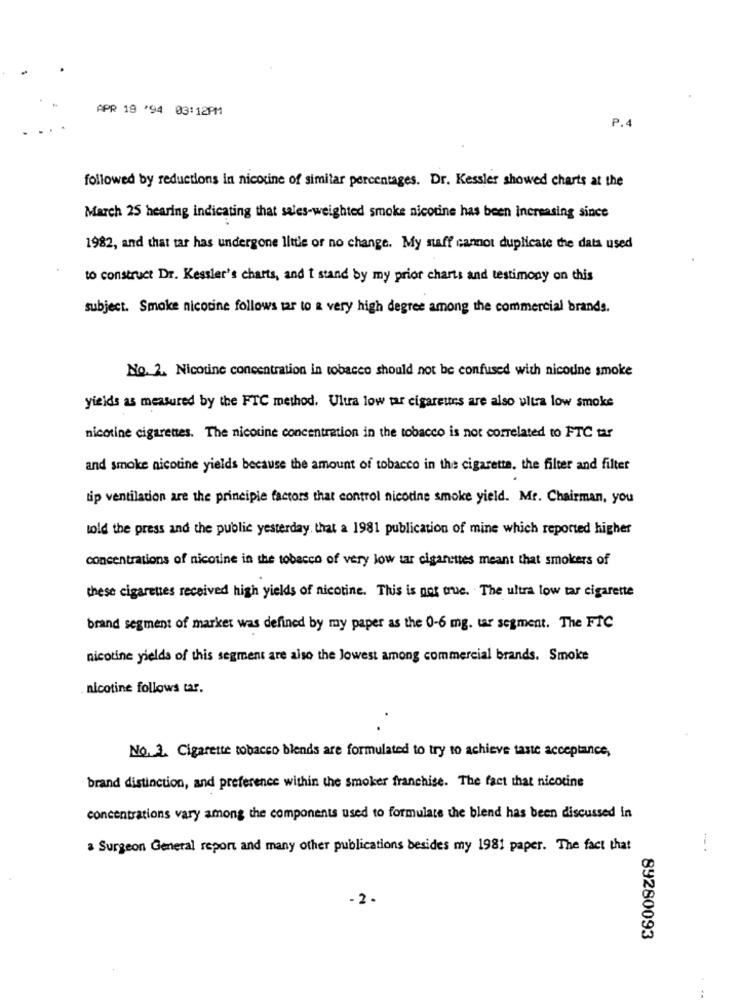
APR 19 '94 03: 12PM
P.4
followed by reductions in nicotine of similar percentages. Dr. Kessler showed charts at the
March 25 hearing indicating that sales-weighted smoke nicotine has been increasing since
1982, and that tar has undergone little or no change. My staff cannot duplicate the data used
to construct Dr. Kessler's charts, and I stand by my prior charts and testimony on this
subject. Smoke nicotine follows tar to a very high degree among the commercial brands.
No. 2. Nicotine concentration in tobacco should not be confused with nicoune smoke
yields as measured by the FTC method. Ultra low tar cigarettes are also ultra low smoke
nicotine cigarettes. The nicotine concentration in the tobacco is not correlated to FTC tar
and smoke nicotine yields because the amount of tobacco in the cigarette, the filter and filter
tip ventilation are the principle factors that control nicotine smoke yield. Mr. Chairman, you
told the press and the public yesterday. that a 1981 publication of mine which reported higher
concentrations of nicotine in the tobacco of very low tar cigarettes meant that smokers of
these cigarettes received high yields of nicotine. This is not true. The ultra low tar cigarette
brand segment of market was defined by my paper as the 0-6 mg. tar segment. The FIC
nicotine yields of this segment are also the lowest among commercial brands. Smoke
nicotine follows tar.
No. 3. Cigarette tobacco blends are formulated to try to achieve taste acceptance,
brand distinction, and preference within the smoker franchise. The fact that nicotine
concentrations vary among the components used to formulate the blend has been discussed in
a Surgeon General report and many other publications besides my 1981 paper. The fact that
2.
89280093